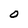
Character: O